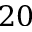
2 0